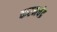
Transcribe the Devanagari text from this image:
करमचंद्र